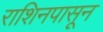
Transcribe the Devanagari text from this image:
राशिनपासून